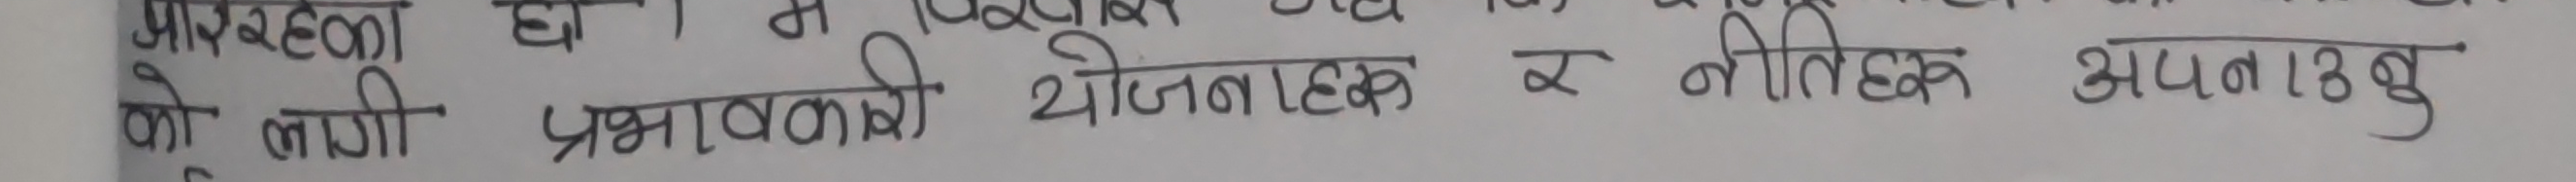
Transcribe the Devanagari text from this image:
को लागी प्रभावकारी योजनाहरु र नैतिक अपनाउनु